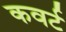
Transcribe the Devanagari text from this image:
कवर्ट